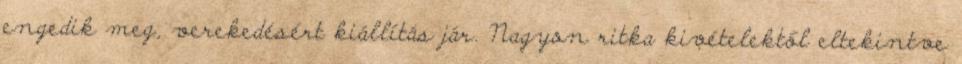
engedik meg, verekedésért kiállítás jár. Nagyon ritka kivételektől eltekintve